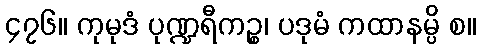
၄၇၆။ ကုမုဒံ ပုဏ္ဍရီကဉ္စ၊ ပဒုမံ ကထာနမ္ပိ စ။